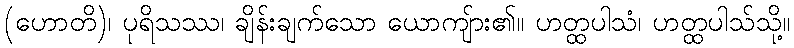
(ဟောတိ)၊ ပုရိသဿ၊ ချိန်းချက်သော ယောကျ်ား၏။ ဟတ္ထပါသံ၊ ဟတ္ထပါသ်သို့။